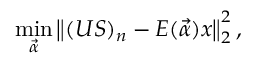
\operatorname* { m i n } _ { \vec { \alpha } } \left\| ( U S ) _ { n } - E ( \vec { \alpha } ) x \right\| _ { 2 } ^ { 2 } ,